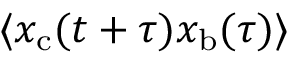
\langle x _ { \mathrm { c } } ( t + \tau ) x _ { \mathrm { b } } ( \tau ) \rangle